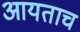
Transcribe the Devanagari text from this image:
आयताच